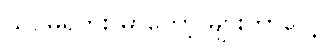
သိပ်မရှိဘူး မှာတော့ များတာပေါ့။